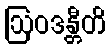
ဩဝဒန္တီတိ